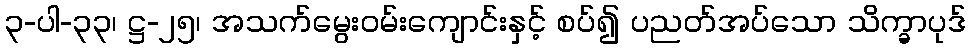
၃-ပါ-၃၃၊ ဋ္ဌ-၂၅၊ အသက်မွေးဝမ်းကျောင်းနှင့် စပ်၍ ပညတ်အပ်သော သိက္ခာပုဒ်